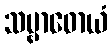
သမ္ဗာဓောယံ